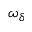
\omega _ { \delta }